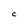
Character: C